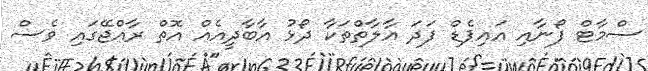
ސްމާޓް ފޯނާއި އައިޕެޑް ފަދަ އާލާތްތަކާ ދޯޅު އާބާދީއެއް އޮތް ރާއްޖޭގައި ވެސް